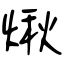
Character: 煍